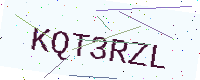
Text: KQT3RZL